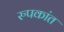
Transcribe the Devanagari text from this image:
रुपकांत